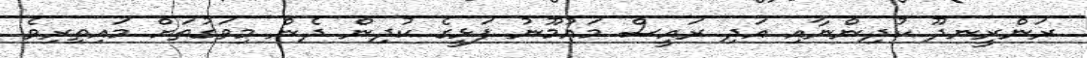
ރަންރީނދޫ ކުދިންނާއި އަދި ރައީސް މައުމޫނު ފަޅީގެ ކުދިން ދެން މިވަގުތަށް މައިތިރިވެ